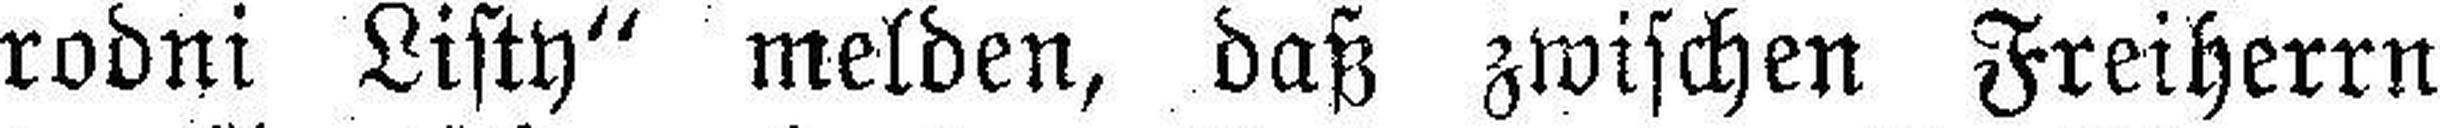
rodni Listy“ melden, daß zwischen Freiherrn